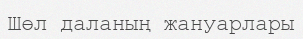
Шөл даланың жануарлары